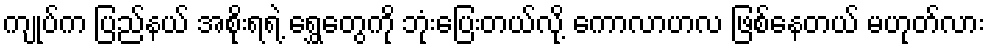
ကျုပ်က ပြည်နယ် အစိုးရရဲ့ ရွှေတွေကို ဘုံးပြေးတယ်လို့ ကောလာဟလ ဖြစ်နေတယ် မဟုတ်လား